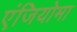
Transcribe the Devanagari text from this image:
एंजियोमा